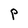
Character: P